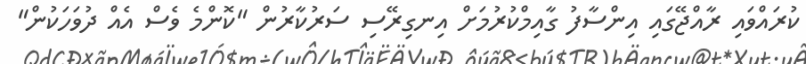
ކުރައްވައި ރާއްޖޭގައި އިންސާފު ގާއިމްކުރުމަށް އިނގިރޭސި ސަރުކާރުން "ކޮންމެ ވެސް އެއް ދުވަހަކުން"